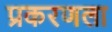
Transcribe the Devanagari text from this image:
प्रकरणला